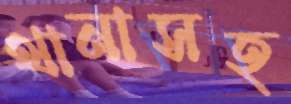
থানাসহ